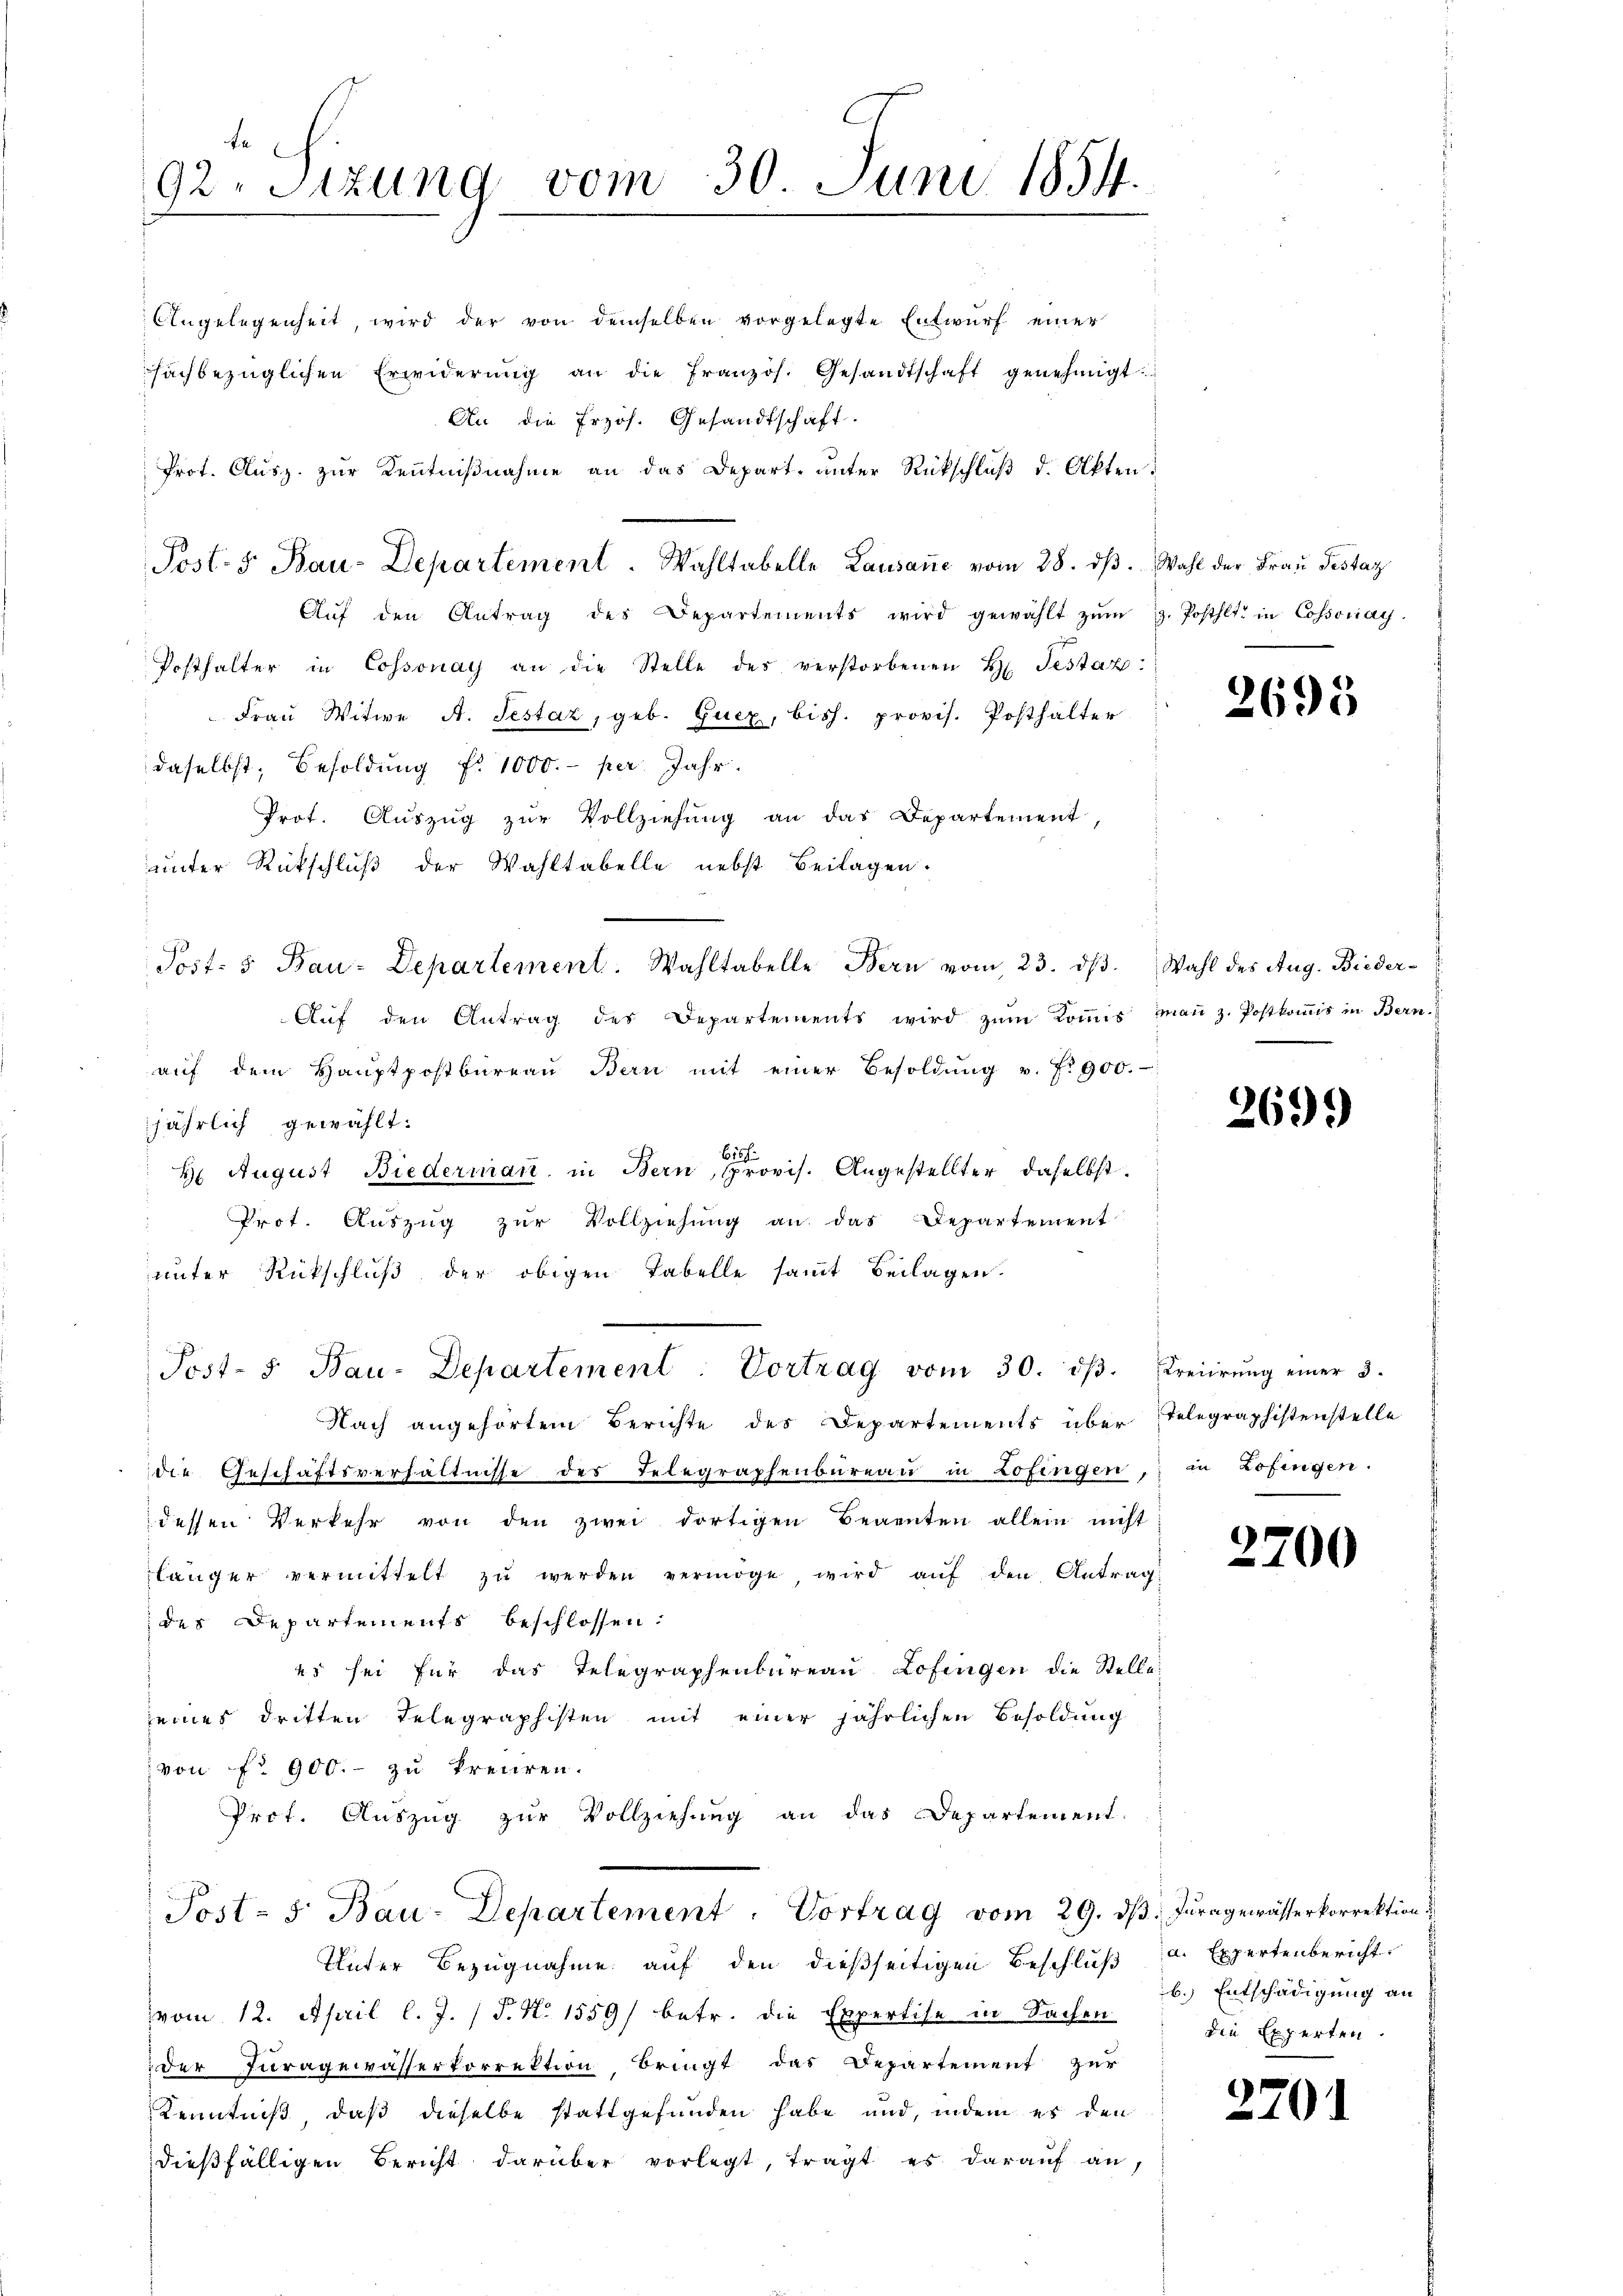
Angelegenheit, wird der von demselben vorgelegte Entwurf einer
sachbezüglichen Erwiderŭng an die französ. Gesandtschaft genehmigt.
An die frzös. Gesandtschaft.
Prot. Ausz. zur Kenntnißnahme an das Depart, unter Rückschluß d. Akten.
Aŭf den Antrag des Departements wird gewählt zŭm H. Posthlt in Cossoniay.
Posthalter in Cossonay an die Stelle des verstorbenen H. Testaz:
Fraŭ Witwe A. Testaz, geb. Gucz, bish. provis. Posthalter
daselbst, Besoldung Nr. 1000.- per Jahr
Prot. Auszug zur Vollziehung an das Departement,
ŭnter Rückschlŭβ der Wahltabelle nebst Beilagen.
Post- & Bau-Departement. Wahltabelle Bern vom 23. ds. Wahl des Aug. Bieder¬
Aŭf den Antrag des Departements wird zŭm Koṁis maṅ z. Postkoṁis in Bern.
aŭf dem Haŭptpostbüreaŭ Bern mit einer Besoldŭng v. P. 900.
jährlich gewählt.
bishe
2 August Biedermant in Bern, provis. Angestellter daselbst
Prot. Auszug zur Vollziehung an das Departement
unter Rückschlŭβ der obigen Tabelle samt Beilagen.
Post- 5. Bau-Departement: Vortrag vom 30. dβ. Freiirŭng einer 3.
Nach angehörtem Berichte des Departements über Telegraphistenstelle
die Geschäftsverhältnisse des Telegraphenbureau in Zofingen, in Zofingen.
dessen Verkehr von den zwei dortigen Begenten allein nicht
länger vermittelt zŭ werden vermöge, wird aŭf den Antrag
des Departements beschlossen:
25 sei für das Telegraphenbureau Lofingen die Stelle
seines dritten Telegraphisten mit einer jährlichen Besoldung
von No 900.- zu treuren.
Prot. Auszug zur Vollziehung an das Departement.
Post- 5. Bau-Departement. Vortrag vom 29. dß. Jura gewässerkorrektion
Unter Bezugnahme auf den dießseitigen Beschluß a. Expertenbericht
vom 12. April l. J. (T. No 1559/ betr. die Expertise in Sachen die Experten
der Juragewässerkorrektion bringt das Departement zur
Kenntniß, daß dieselbe stattgefunden habe und, indem es den
dießfälligen Bericht darüber vorlegt, tragt es darauf an,

92. Sizung vom 30. Juni 1854.

Post: 5. Bau-Departement. Wahltabelle Lausane vom 28. dβ. Wahl der Frau Testaz

2693

2699

2700

279

b. Entschädigung an